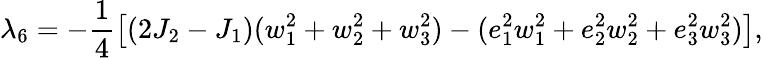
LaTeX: \lambda_{6}=-\frac 14\left[(2J_{2}-J_{1})(w_{1}^{2}+w_{2}^{2}+w_{3}^{2})-(e_{1}^{2}w_{1}^{2}+e_{2}^{2}w_{2}^{2}+e_{3}^{2}w_{3}^{2})\right],